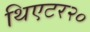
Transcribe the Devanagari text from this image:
थिएटर२०